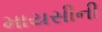
માયસીની